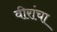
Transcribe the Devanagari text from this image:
वीरांचा